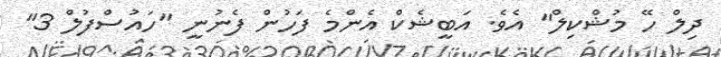
ދިލް ހޭ މުޝްކިލް" އެވެ. އަބީޝެކް އެންމެ ފަހުން ފެނުނީ "ހައުސްފުލް 3"